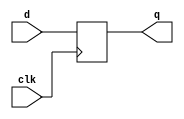
module d_flip_flop (
    input wire clk,   // Clock input
    input wire d,     // Data input
    output reg q      // Data output
);

    always @(posedge clk) begin
        q <= d;  // On the rising edge of the clock, capture the data
    end

endmodule